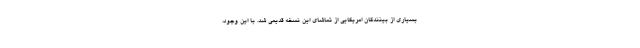
بسیاری از بینندگان امریکایی از تماشای این نسخه قدیمی شد. با این وجود،